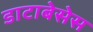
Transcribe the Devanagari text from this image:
डाटाबेसेस